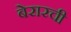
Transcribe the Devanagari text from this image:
बेरारची